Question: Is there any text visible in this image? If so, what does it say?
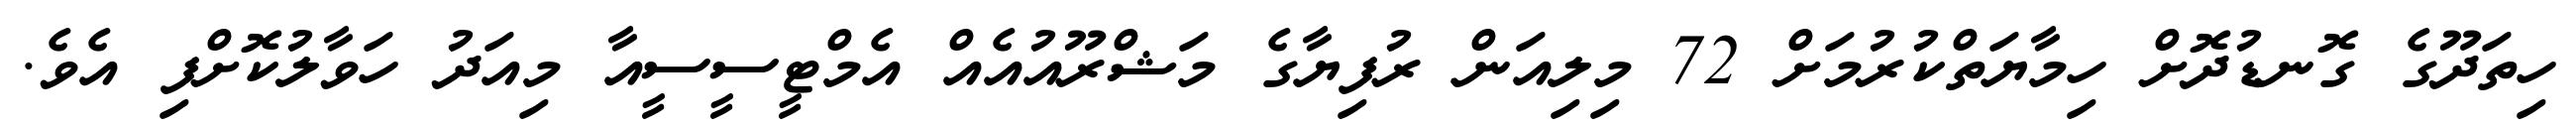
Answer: ހިތަދޫގެ ގޮނޑުދޮށް ހިމާޔަތްކުރުމަށް 72 މިލިއަން ރުފިޔާގެ މަޝްރޫއުއެއް އެމްޓީސީސީއާ މިއަދު ހަވާލުކޮށްފި އެވެ.